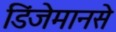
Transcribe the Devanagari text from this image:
डिंजेमानसे